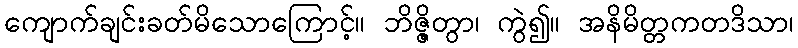
ကျောက်ချင်းခတ်မိသောကြောင့်။ ဘိဇ္ဇိတွာ၊ ကွဲ၍။ အနိမိတ္တကတဒိသာ၊